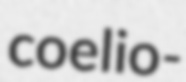
coelio-